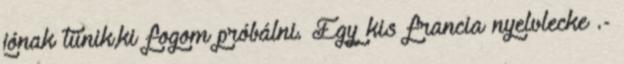
jónak tünik,ki fogom próbálni. Egy kis francia nyelvlecke .-